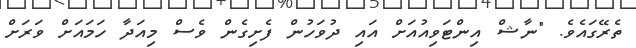
ތެރޭގައެވެ. "ނާޝް އިންޓަވިއުއަށް އައި ދުވަހުން ފެށިގެން ވެސް މިއަދާ ހަމައަށް ވަރަށް